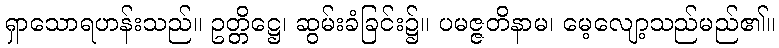
ရှာသောရဟန်းသည်။ ဥတ္တိဋ္ဌေ၊ ဆွမ်းခံခြင်း၌။ ပမဇ္ဇတိနာမ၊ မေ့လျော့သည်မည်၏။